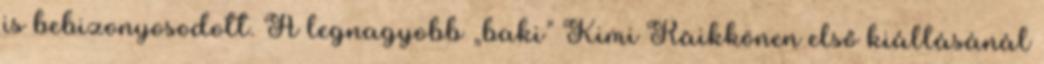
is bebizonyosodott. A legnagyobb „baki” Kimi Räikkönen első kiállásánál